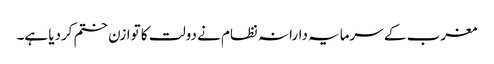
مغرب کے سرمایہ دارانہ نظام نے دولت کا توازن ختم کردیا ہے۔